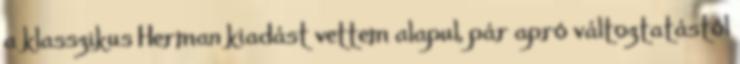
a klasszikus Herman kiadást vettem alapul, pár apró változtatástól